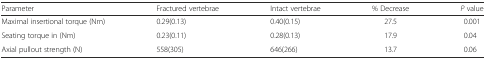
| Parameter | Fractured vertebrae | Intact vertebrae | % Decrease | P value |
 | --- | --- | --- | --- | --- |
 | Maximal insertional torque (Nm) | 0.29(0.13) | 0.40(0.15) | 27.5 | 0.001 |
 | Seating torque in (Nm) | 0.23(0.11) | 0.28(0.13) | 17.9 | 0.04 |
 | Axial pullout strength (N) | 558(305) | 646(266) | 13.7 | 0.06 |